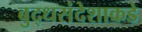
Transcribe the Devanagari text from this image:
बुद्धसंदेशाकडे